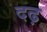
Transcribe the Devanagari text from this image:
दढ़